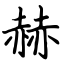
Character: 赫